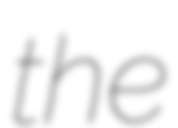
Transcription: the